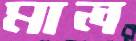
মাল